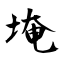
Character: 埯